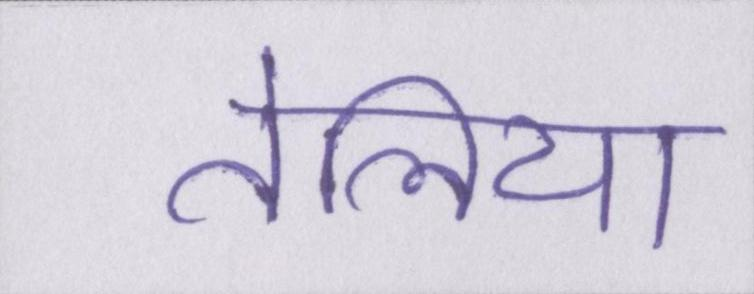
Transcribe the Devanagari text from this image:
तेलिया